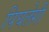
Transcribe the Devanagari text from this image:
पिघलेगी